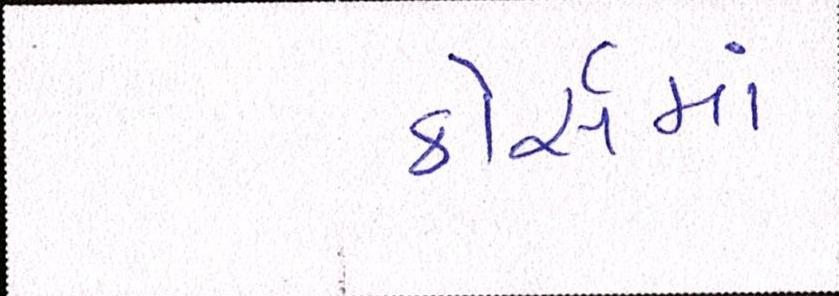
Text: કોસૅમાં